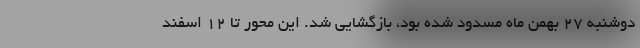
دوشنبه ۲۷ بهمن ماه مسدود شده بود، بازگشایی شد. این محور تا ۱۲ اسفند